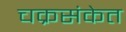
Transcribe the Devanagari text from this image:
चक्रसंकेत